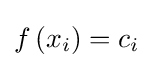
f\left(x_{i}\right)=c_{i}